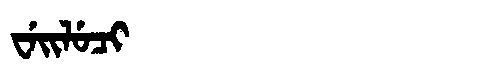
Manchu: ᠸᡝᡳᠯᡠᠴᡳ
Romanization: WEILUCI